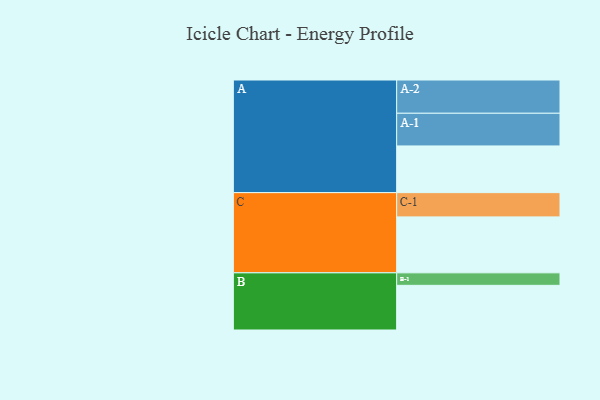
{"axis": {"x": "Segment", "y": "Value"}, "legend": ["", "A", "B", "C"], "data": [{"x": "A", "y": 389, "type": ""}, {"x": "B", "y": 372, "type": ""}, {"x": "C", "y": 466, "type": ""}, {"x": "A-1", "y": 272, "type": "A"}, {"x": "A-2", "y": 277, "type": "A"}, {"x": "B-1", "y": 104, "type": "B"}, {"x": "C-1", "y": 202, "type": "C"}]}